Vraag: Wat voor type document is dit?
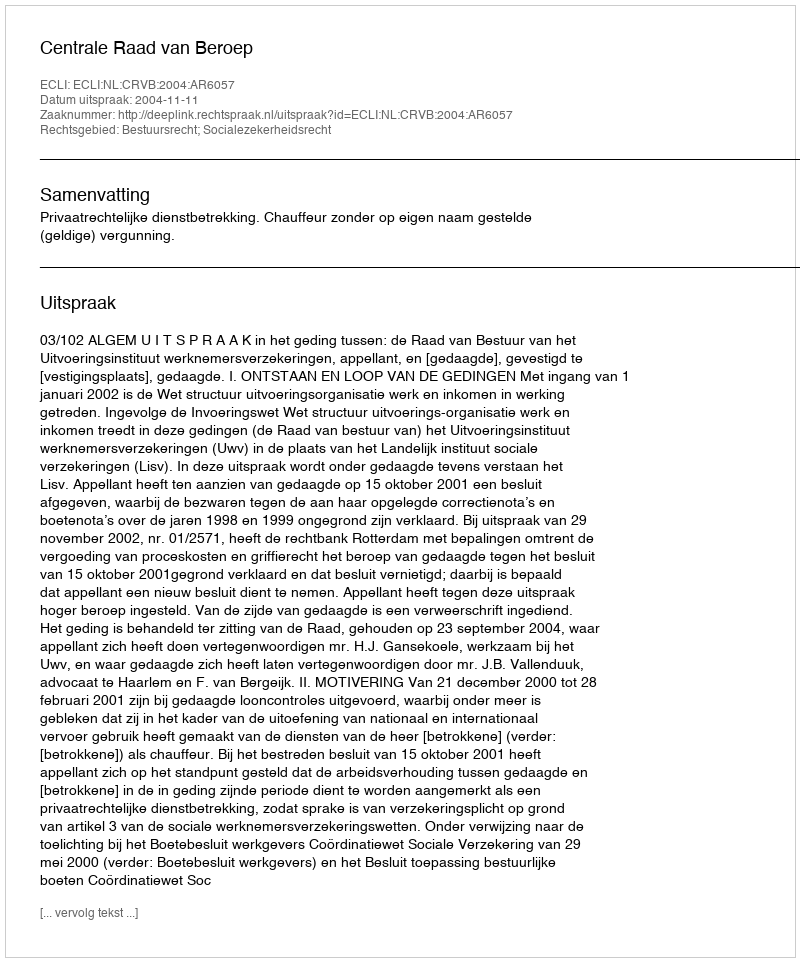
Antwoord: Uitspraak